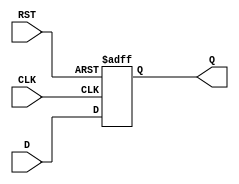
module DataRegister #(
    parameter WIDTH = 8  // Parameter to define the width of the register
) (
    input  wire [WIDTH-1:0] D,    // Data Input
    input  wire CLK,                // Clock Signal
    input  wire RST,                // Asynchronous Reset
    output reg  [WIDTH-1:0] Q       // Data Output
);

// Sequential Logic Block
always @(posedge CLK or posedge RST) begin
    if (RST) begin
        Q <= {WIDTH{1'b0}}; // Clear the register to 0 (or a predefined value)
    end else begin
        Q <= D; // Capture the input data on the rising edge of the clock
    end
end

endmodule